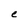
Character: e